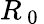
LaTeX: R_{\mathrm{~0~}}